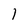
Character: 1